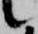
候